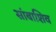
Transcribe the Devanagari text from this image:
सांबाशिव